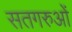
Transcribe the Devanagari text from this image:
सतगरुओं